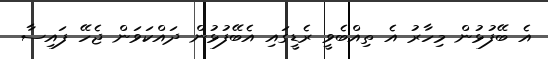
އެ ބޭފުޅުން މިހާރު އެ ތިއްބެވީ ރެޑީގައި އެބޭފުޅުން ދައްކަވަން ޖެހޭ ފައިސާ